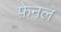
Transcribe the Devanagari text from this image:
फ़ेनल